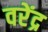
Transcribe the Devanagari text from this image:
वरेंद्र